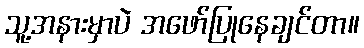
သူ့အနားမှာပဲ အဖော်ပြုနေချင်တာ။